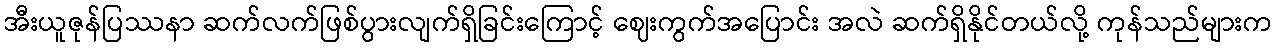
အီးယူဇုန်ပြဿနာ ဆက်လက်ဖြစ်ပွားလျက်ရှိခြင်းကြောင့် ဈေးကွက်အပြောင်း အလဲ ဆက်ရှိနိုင်တယ်လို့ ကုန်သည်များက